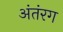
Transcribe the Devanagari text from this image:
अंतंरग